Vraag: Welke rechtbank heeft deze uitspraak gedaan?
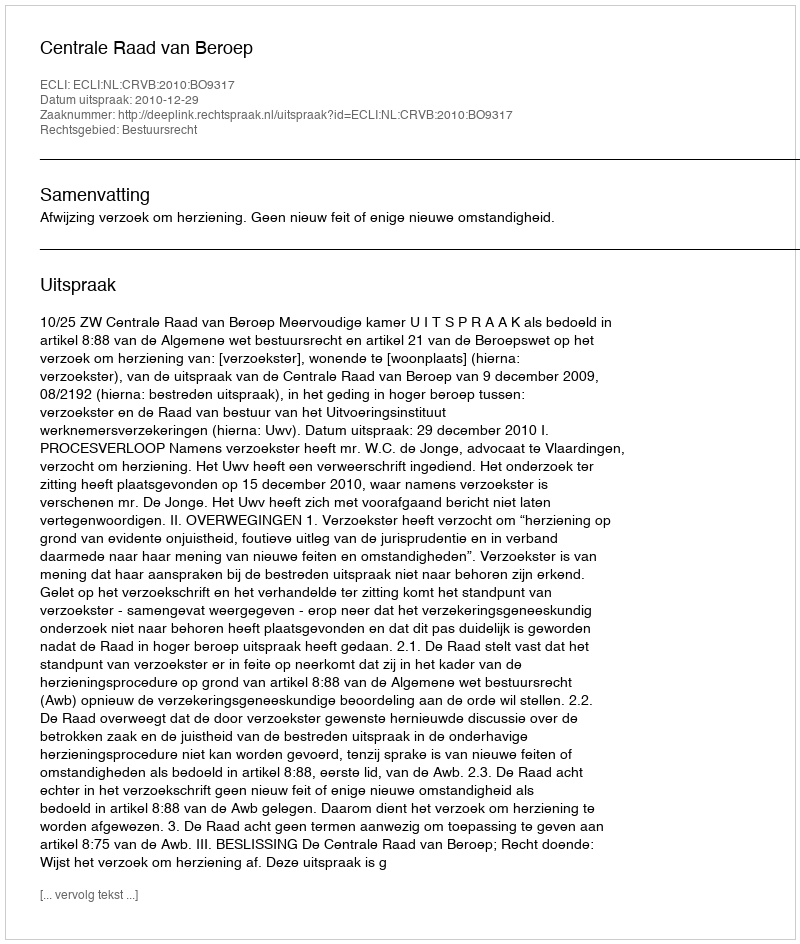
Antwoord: Centrale Raad van Beroep